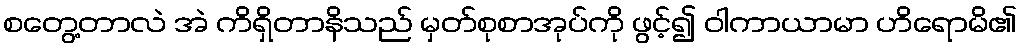
စတွေ့တာလဲ အဲ ကိရှိတာနိသည် မှတ်စုစာအုပ်ကို ဖွင့်၍ ဝါကာယာမာ ဟိရောမိ၏